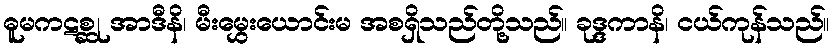
ဓူမကဋစ္ဆု အာဒီနိ၊ မီးမွှေးယောင်းမ အစရှိသည်တို့သည်။ ခုဒ္ဒကာနိ၊ ငယ်ကုန်သည်။